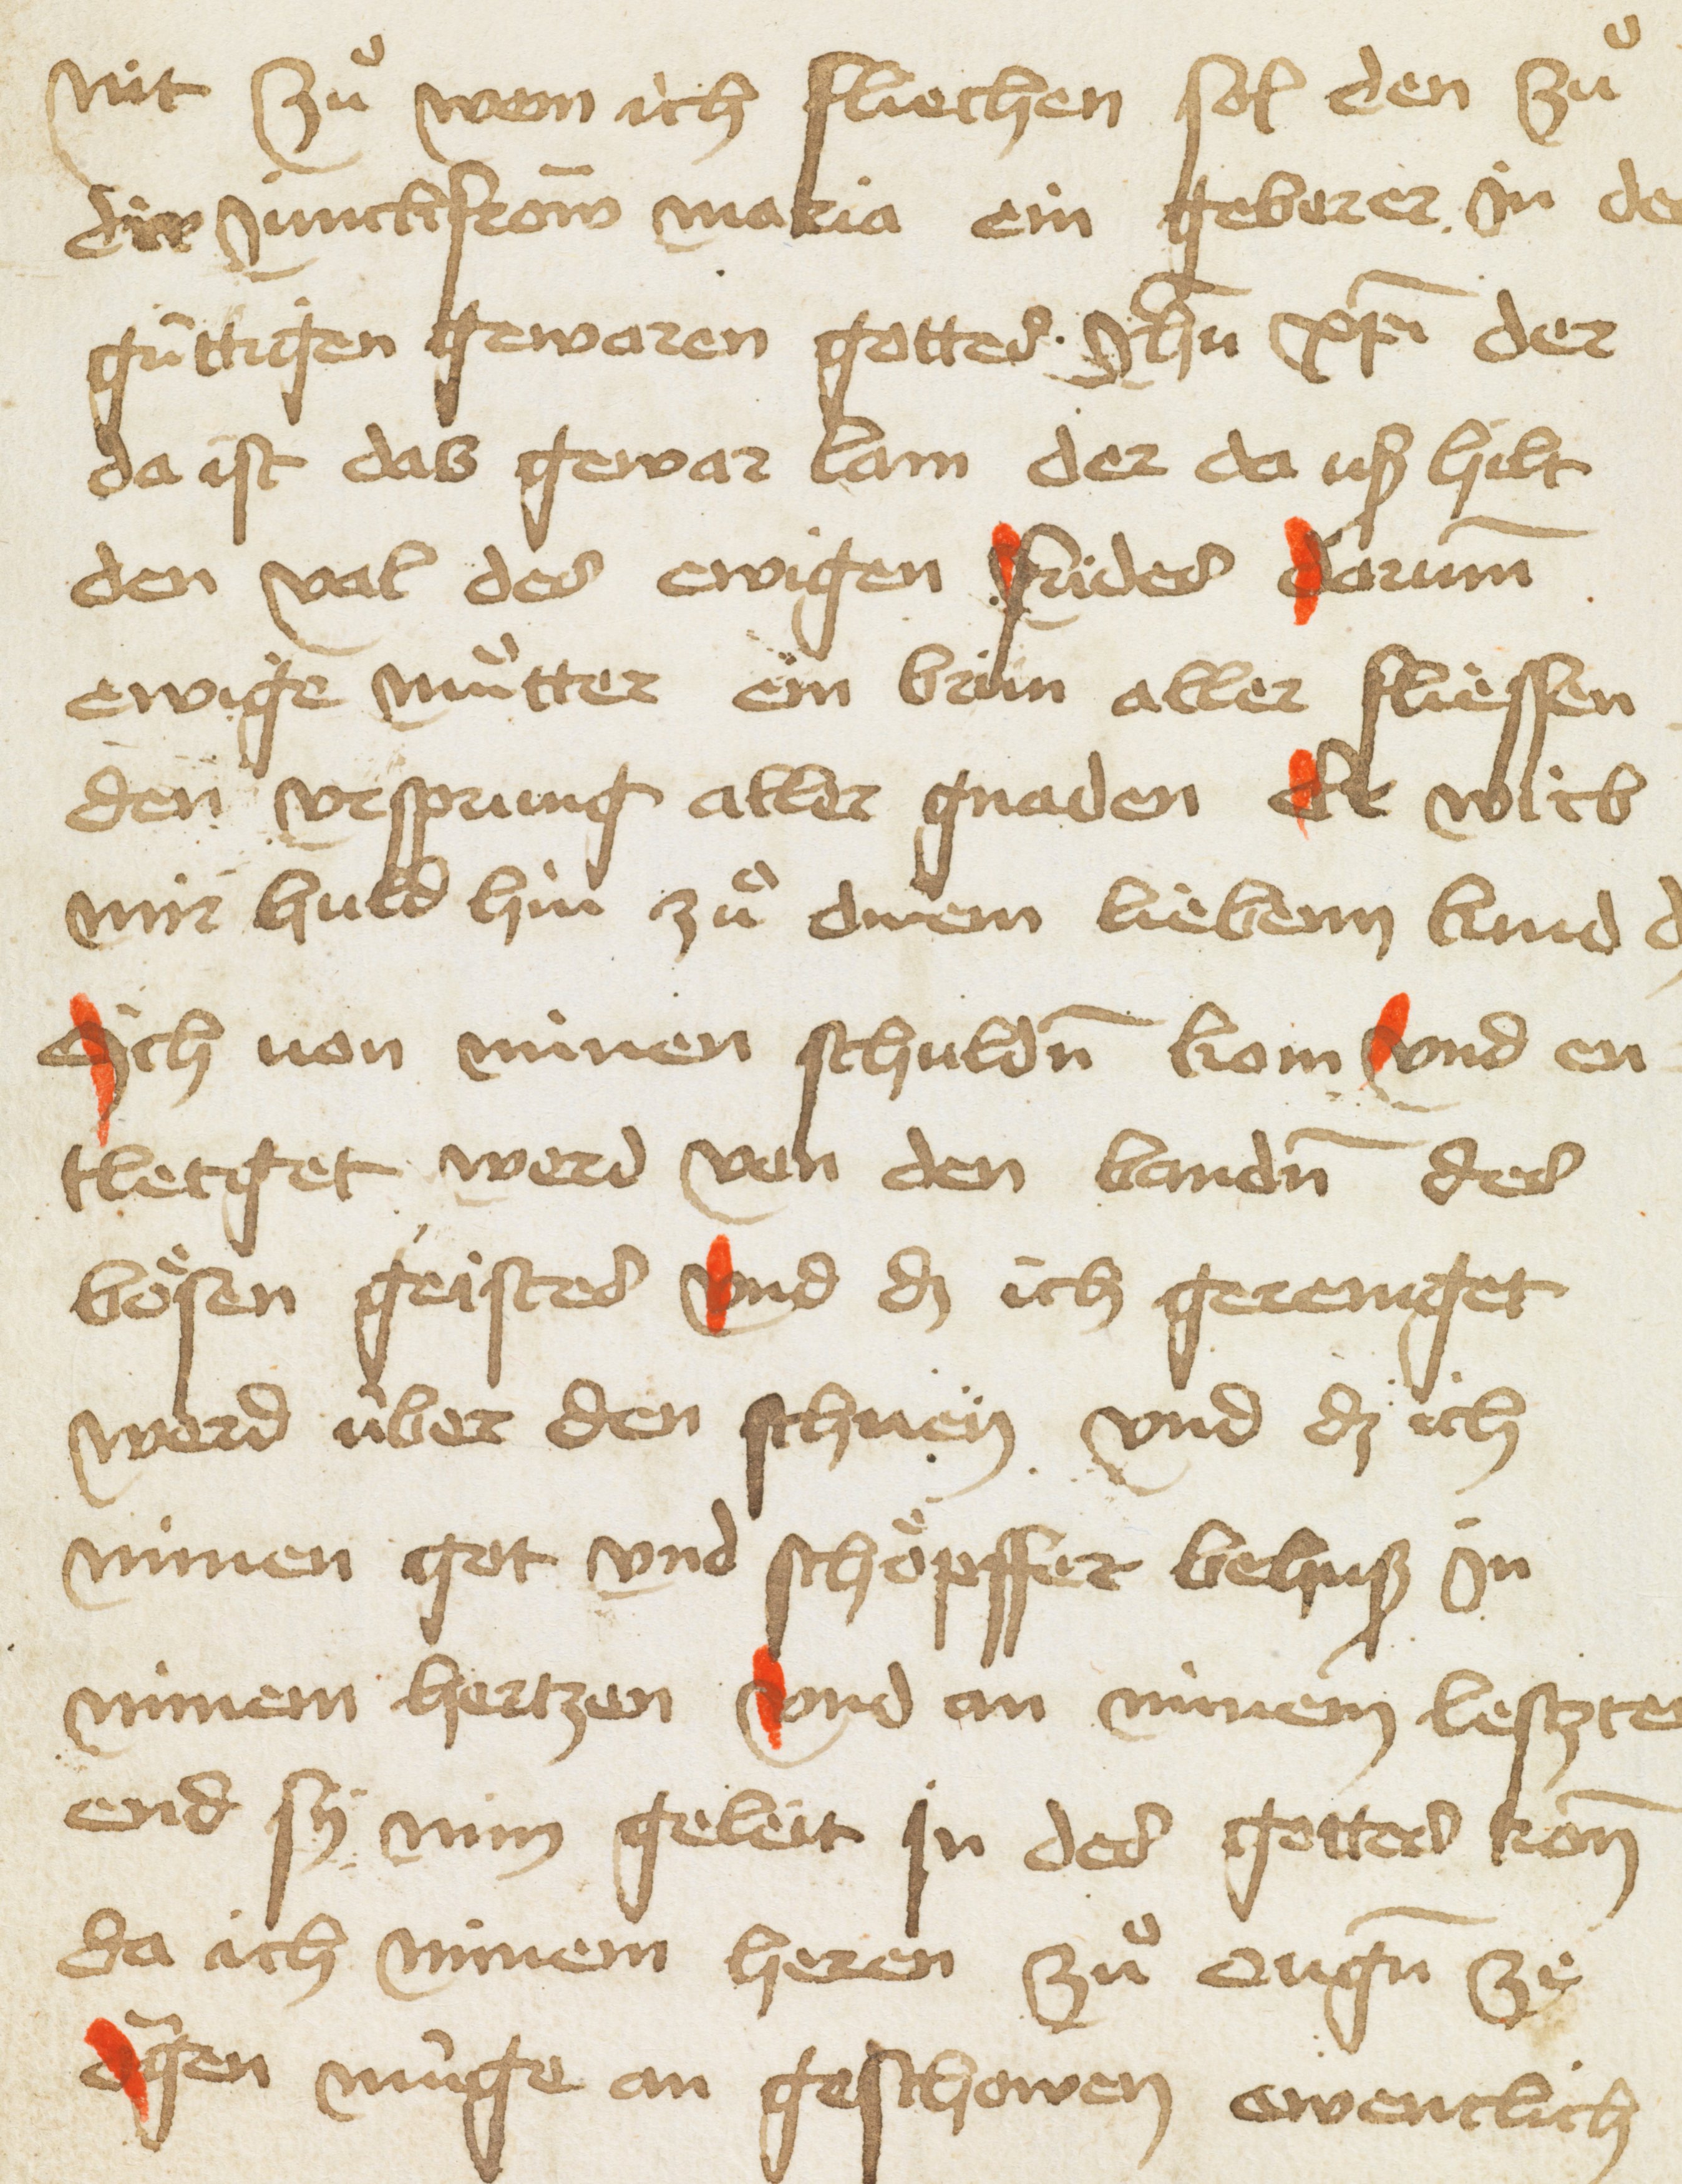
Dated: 1466–1466